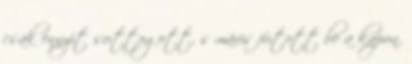
csak ennyit suttogott, s máris futott be a kapun.